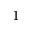
^ { 1 }